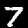
Label: 7